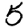
Digit: 5